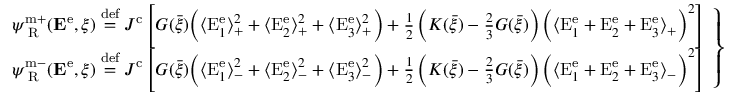
\left. \begin{array} { r l } & { \psi _ { \mathrm { \tiny ~ R } } ^ { \mathrm { m + } } ( { \bf E } ^ { \mathrm { e } } , \xi ) \overset { \mathrm { d e f } } { = } J ^ { \mathrm { c } } \left[ G ( \bar { \xi } ) \bigg ( \langle \mathrm { E } _ { 1 } ^ { \mathrm { e } } \rangle _ { + } ^ { 2 } + \langle \mathrm { E } _ { 2 } ^ { \mathrm { e } } \rangle _ { + } ^ { 2 } + \langle \mathrm { E } _ { 3 } ^ { \mathrm { e } } \rangle _ { + } ^ { 2 } \bigg ) + \frac { 1 } { 2 } \left( K ( \bar { \xi } ) - \frac { 2 } { 3 } G ( \bar { \xi } ) \right) \bigg ( \langle \mathrm { E } _ { 1 } ^ { \mathrm { e } } + \mathrm { E } _ { 2 } ^ { \mathrm { e } } + \mathrm { E } _ { 3 } ^ { \mathrm { e } } \rangle _ { + } \bigg ) ^ { 2 } \right] } \\ & { \psi _ { \mathrm { \tiny ~ R } } ^ { \mathrm { m - } } ( { \bf E } ^ { \mathrm { e } } , \xi ) \overset { \mathrm { d e f } } { = } J ^ { \mathrm { c } } \left[ G ( \bar { \xi } ) \bigg ( \langle \mathrm { E } _ { 1 } ^ { \mathrm { e } } \rangle _ { - } ^ { 2 } + \langle \mathrm { E } _ { 2 } ^ { \mathrm { e } } \rangle _ { - } ^ { 2 } + \langle \mathrm { E } _ { 3 } ^ { \mathrm { e } } \rangle _ { - } ^ { 2 } \bigg ) + \frac { 1 } { 2 } \left( K ( \bar { \xi } ) - \frac { 2 } { 3 } G ( \bar { \xi } ) \right) \bigg ( \langle \mathrm { E } _ { 1 } ^ { \mathrm { e } } + \mathrm { E } _ { 2 } ^ { \mathrm { e } } + \mathrm { E } _ { 3 } ^ { \mathrm { e } } \rangle _ { - } \bigg ) ^ { 2 } \right] } \end{array} \right\}